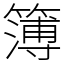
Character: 簿